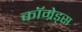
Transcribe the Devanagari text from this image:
कॉम्रेड्स